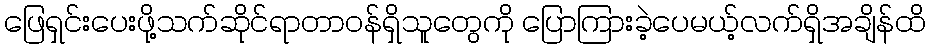
ဖြေရှင်းပေးဖို့သက်ဆိုင်ရာတာဝန်ရှိသူတွေကို ပြောကြားခဲ့ပေမယ့်လက်ရှိအချိန်ထိ